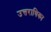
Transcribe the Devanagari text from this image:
उत्तराधिका